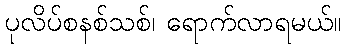
ပုလိပ်စနစ်သစ်၊ ရောက်လာရမယ်။